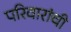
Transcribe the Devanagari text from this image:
परिवारांची